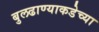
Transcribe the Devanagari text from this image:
बुलढाण्याकडेच्या